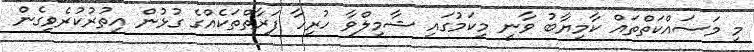
މި މަސައްކަތްތައް ކާމިޔާބު ވާނީ މިކަމުގައި ޝާމިލްވާ ހުރިހާ ފަރާތްތަކެއްގެ ގުޅުން އިތުރުކުރެވިގެން